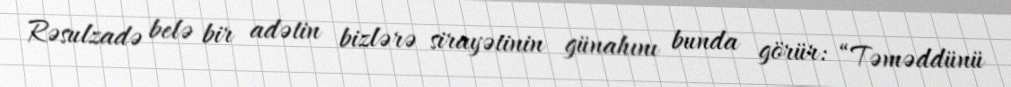
Rəsulzadə belə bir adətin bizlərə sirayətinin günahını bunda görür: “Təməddünü